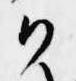
候